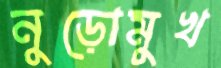
নুড়োমুখ